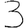
Digit: 3